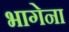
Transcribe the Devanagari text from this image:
भागेना